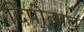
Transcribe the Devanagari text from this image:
दिपोत्सव